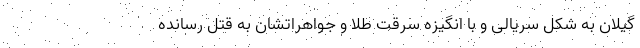
گیلان به شکل سریالی و با انگیزه سرقت طلا و جواهراتشان به قتل رسانده